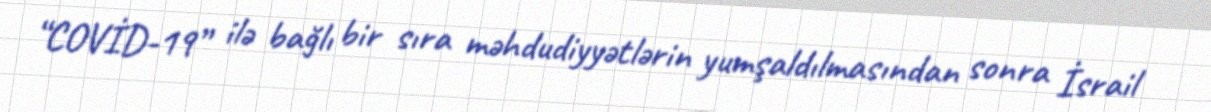
“COVİD-19” ilə bağlı bir sıra məhdudiyyətlərin yumşaldılmasından sonra İsrail